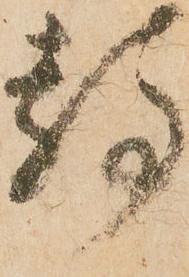
静